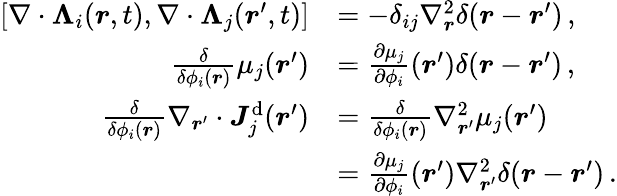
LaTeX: \begin{array}{rl}{[\nabla\cdot{\boldsymbol{\Lambda}}_{i}({\boldsymbol{r}},t),\nabla\cdot{\boldsymbol{\Lambda}}_{j}({\boldsymbol{r}}^{\prime},t)]}&{=-\delta_{ij}\nabla_{\boldsymbol{r}}^{2}\delta({\boldsymbol{r}}-{\boldsymbol{r}}^{\prime})\, ,}\\ {\frac{\delta}{\delta\phi_{i}({\boldsymbol{r}})}\mu_{j}({\boldsymbol{r}}^{\prime})}&{=\frac{\partial\mu_{j}}{\partial\phi_{i}}({\boldsymbol{r}}^{\prime})\delta({\boldsymbol{r}}-{\boldsymbol{r}}^{\prime})\, ,}\\ {\frac{\delta}{\delta\phi_{i}({\boldsymbol{r}})}\nabla_{{\boldsymbol{r}}^{\prime}}\cdot{\boldsymbol{J}}_{j}^{\mathrm{d}}({\boldsymbol{r}}^{\prime})}&{=\frac{\delta}{\delta\phi_{i}({\boldsymbol{r}})}\nabla_{{\boldsymbol{r}}^{\prime}}^{2}\mu_{j}({\boldsymbol{r}}^{\prime})}\\ &{=\frac{\partial\mu_{j}}{\partial\phi_{i}}({\boldsymbol{r}}^{\prime})\nabla_{{\boldsymbol{r}}^{\prime}}^{2}\delta({\boldsymbol{r}}-{\boldsymbol{r}}^{\prime})\, .}\end{array}